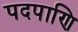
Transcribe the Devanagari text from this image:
पदपाणि